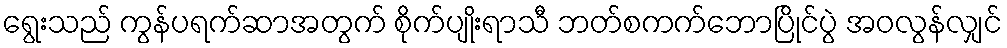
ရွေးသည် ကွန်ပရက်ဆာအတွက် စိုက်ပျိုးရာသီ ဘတ်စကက်ဘောပြိုင်ပွဲ အဝလွန်လျှင်